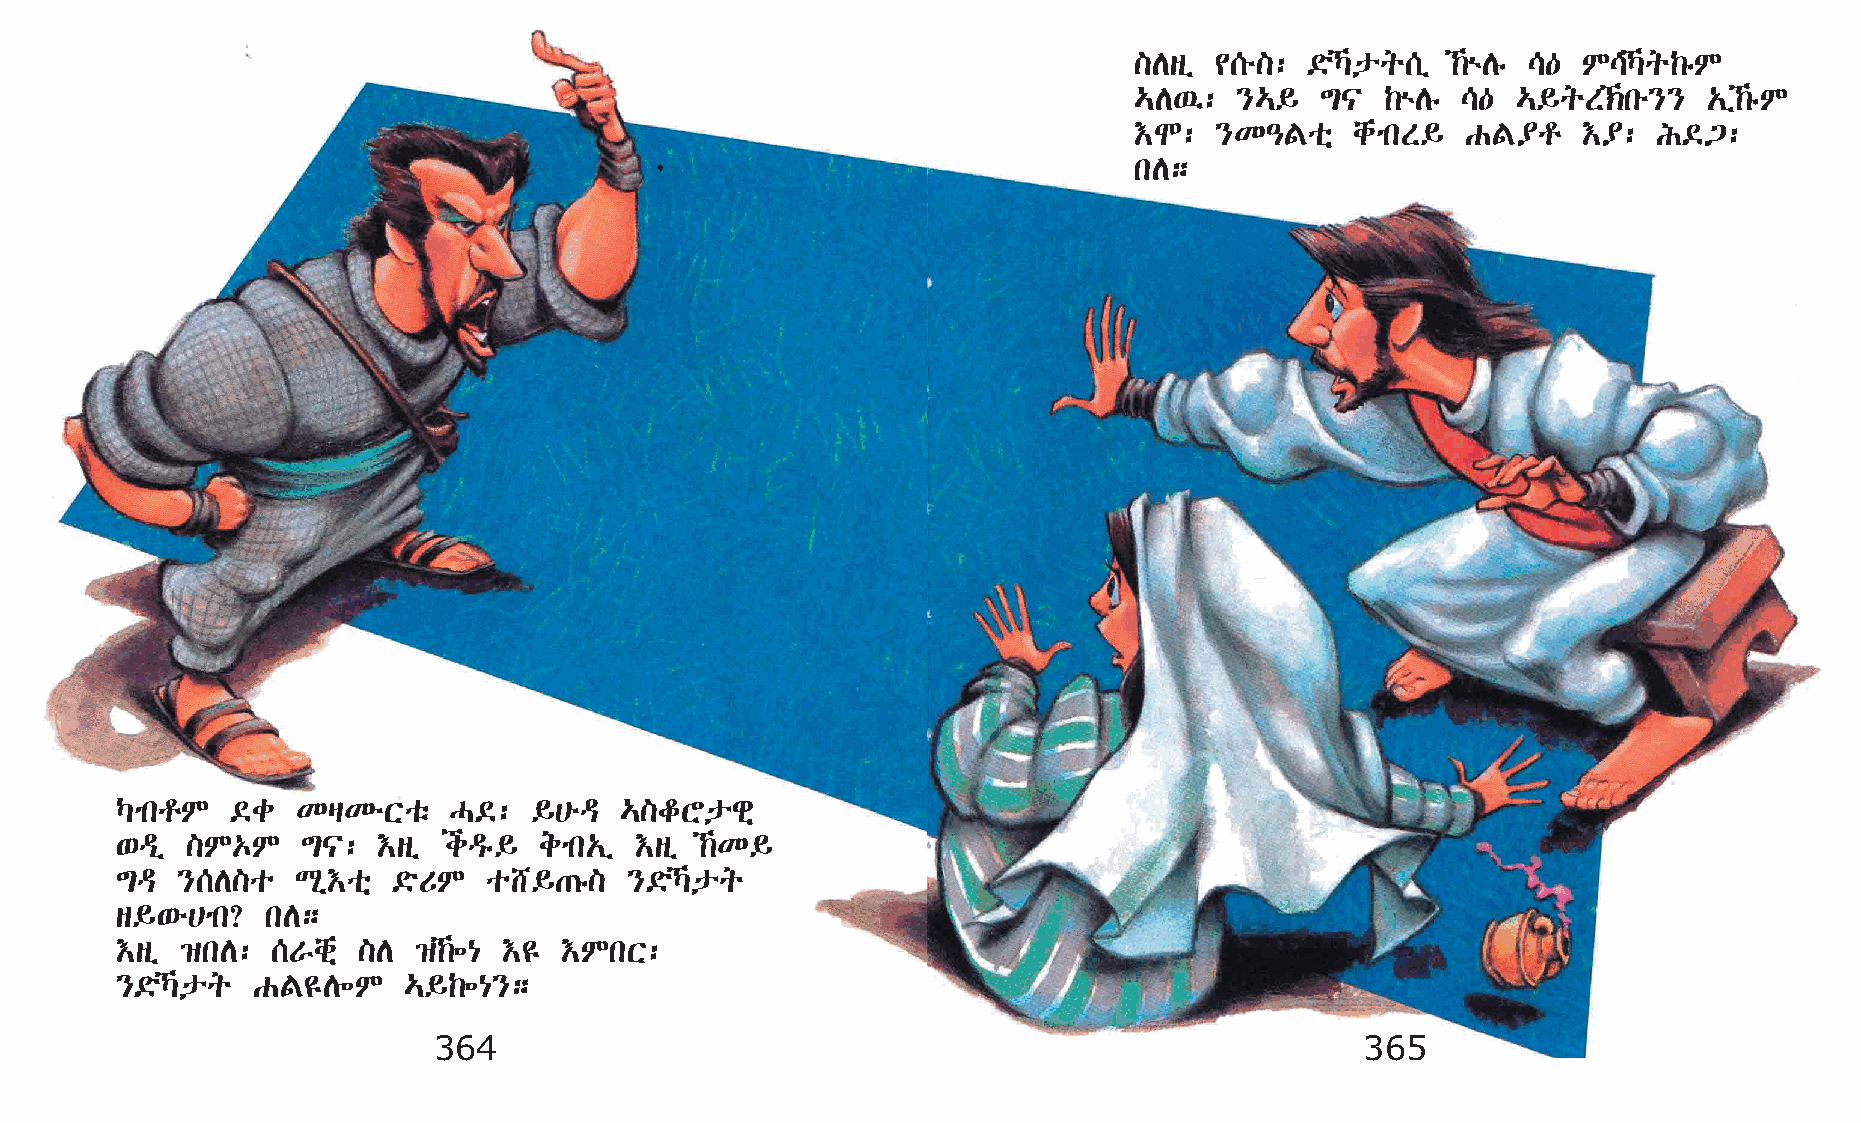
]Dsï ¢[é]:  ©öŠpq[ï ‰ùDê \— M\Šq‰êM
 …D’:   }…§  ´|   ‰ùDê \— …§qS‹ké}}   „ï‰êM
 †N:  }K–Foñ    chmkS§ GF¥r    †¥:  I©³:
 kD;
 ŠmkrM  ©c   KšKéXoë   H©:  §@éª  …]fYpgñ
 ‘ªï ]M‡M    ´|:  †sï iªê§   emk„ï †sï ‰K§
 ´ª  }[D]o   Lð†oñ ©öUM  o_§·ê]    }©öŠpq
 s§‘é@mk?  kD;
 †sï ›kD:  [Vchñ ]D ›‰÷{ †£  †MkX:
 }©öŠpq  GF£D÷M    …§‰÷{};
 364                                                          365